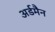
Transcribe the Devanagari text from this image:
अर्डमैन